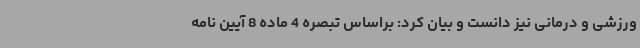
ورزشی و درمانی نیز دانست و بیان کرد: براساس تبصره 4 ماده 8 آیین نامه